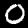
Label: 0